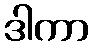
ဒါကာ